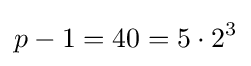
p-1=40=5\cdot 2^{3}